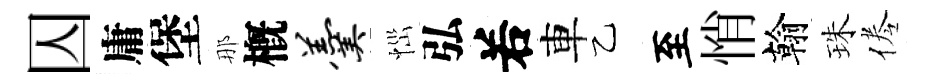
囚庸堡那槪羹𢙉弘𠰥車乙至悄翰珠倦